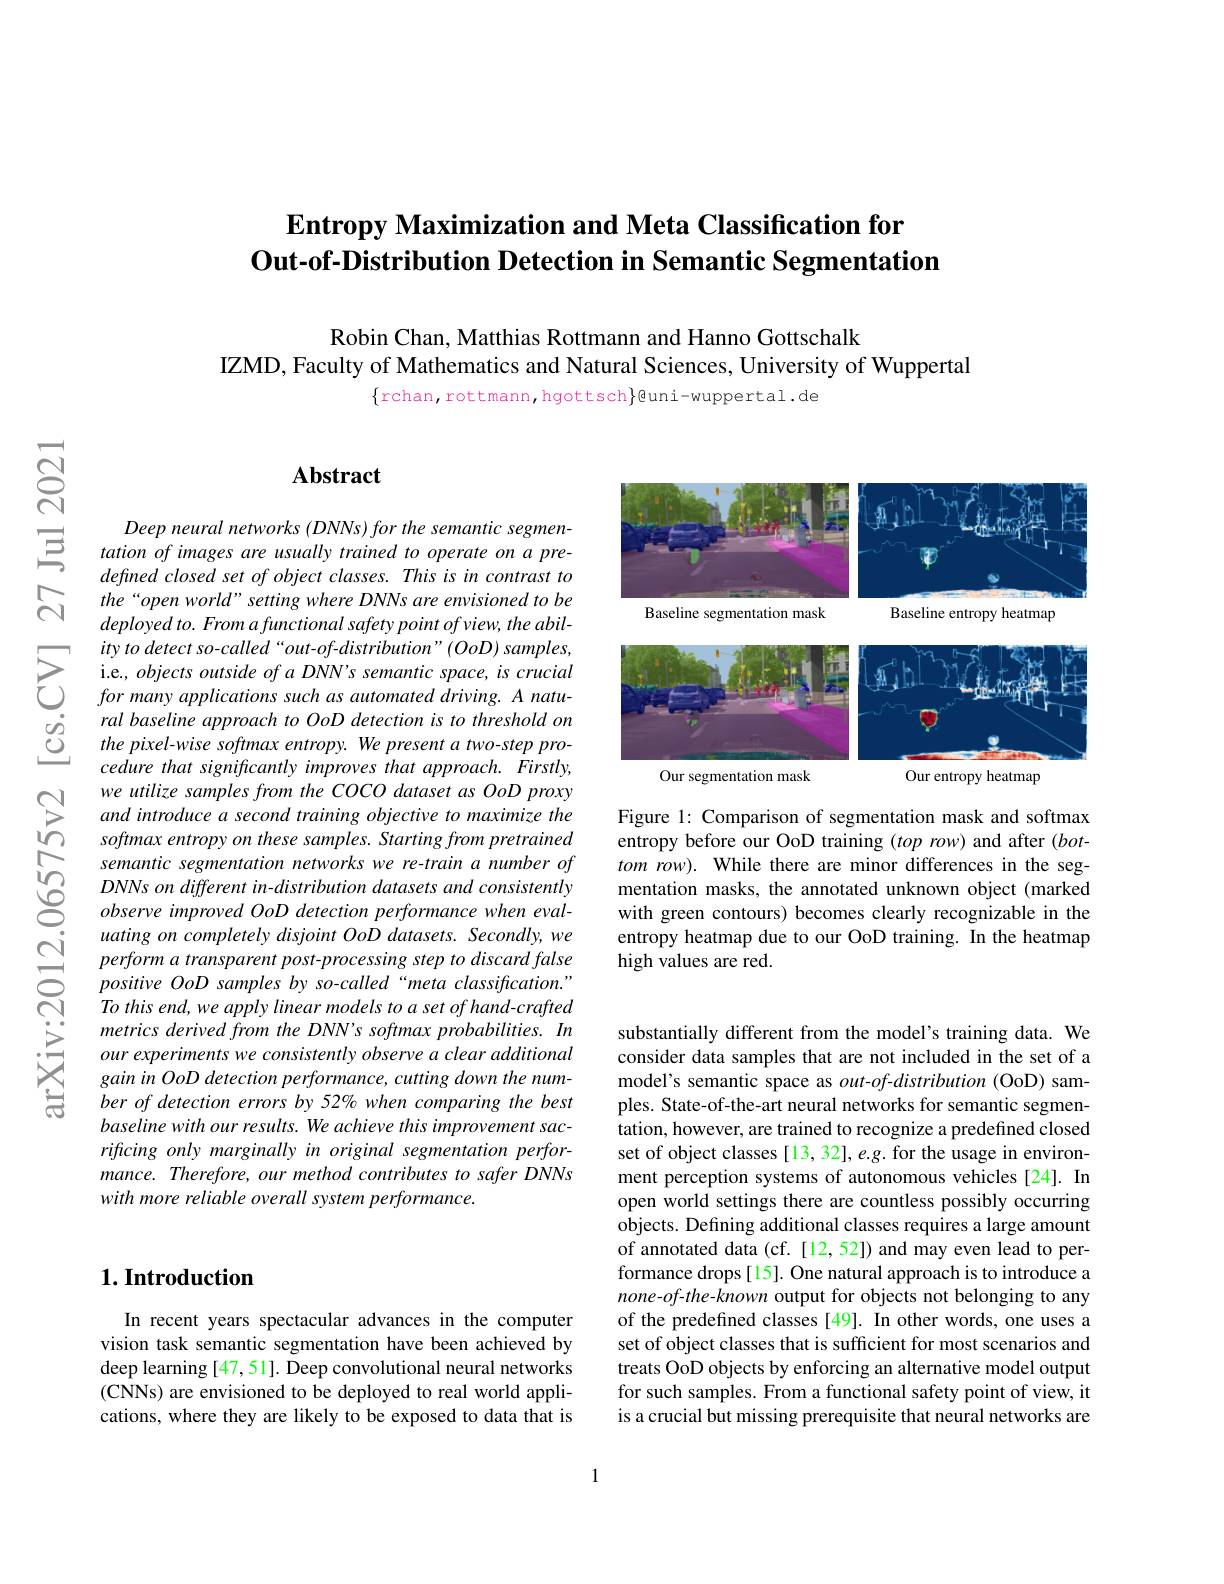
## $\textbf{Entropy Maximization and Meta Classification for}$ Out-of-Distribution Detection in Semantic Segmentation

Robin Chan, Matthias Rottmann and Hanno Gottschalk
IZMD, Faculty of Mathematics and Natural Sciences, University of Wuppertal

$\{$rchan,rottmann,hgottsch}@uni-wuppertal.de

## $\mathbf{Abstract}$

Deep neural networks (DNNs) for the semantic segmentation of images are usually trained to operate on a predefined closed set of object classes. This is in contrast to the“open world” setting where DNNs are envisioned to be deployed to. From a functional safety point of view, the abil-
$\sum_{\begin{array}{lll}&\text{ity to detect so-called“out-of-distribution”(OoD) samples,}\\&\text{i.e., objects outside of a DNN's semantic space, is cruciall}\\&\text{for many appplications such as automated driving. A natu-}\end{array}}$ $\begin{array}{lll}\dot{g}&ral\:baseline\:approach\:to\:OoD\:detection\:is\:to\:threshold\:on\\\dot{C}&the\:pixel-wise\:softmax\:entropy.\:We\:present\:a\:two-step\:pro-\end{array}$
cedure that significantly improves that approach. Firstly, we utilize samples from the COCO dataset as OoD proxy and introduce a second training objective to maximize the softmax entropy on these samples. Starting from pretrained semantic segmentation networks we re-train a number of DNNs on different in-distribution datasets and consistently observe improved OoD detection performance when evaluating on completely disjoint OoD datasets. Secondly, we perform a transparent post-processing step to discard false positive OoD samples by so-called“meta classification." To this end, we apply linear models to a set of hand-crafted metrics derived from the DNN's softmax probabilities. In our experiments we consistently observe a clear additional gain in OoD detection performance, cutting down the number of detection errors by 52% when comparing the best baseline with our results. We achieve this improvement sacrificing only marginally in original segmentation performance. Therefore, our method contributes to safer DNNs with more reliable overall system performance.

# 1. Introduction

In recent years spectacular advances in the computer vision task semantic segmentation have been achieved by deep learning [47,51]. Deep convolutional neural networks (CNNs) are envisioned to be deployed to real world applications, where they are likely to be exposed to data that is

<FigureHere>

Figure 1: Comparison of segmentation mask and softmax entropy before our OoD training $( top\textit{row) and after }( bot-$ tom row). While there are minor differences in the segmentation masks, the annotated unknown object (marked with green contours) becomes clearly recognizable in the entropy heatmap due to our OoD training. In the heatmap high values are red.

substantially different from the model's training data. We consider data samples that are not included in the set of a model's semantic space as $out-of-distribution$ (OoD) samples. State-of-the-art neural networks for semantic segmentation, however, are trained to recognize a predefined closed set of object classes [13, 32], e.g. for the usage in environment perception systems of autonomous vehicles [24]. In open world settings there are countless possibly occurring objects. Defining additional classes requires a large amount of annotated data (cf. [12,52]) and may even lead to performance drops[15]. One natural approach is to introduce a none-of-the-known output for objects not belonging to any of the predefined classes [49]. In other words, one uses a set of object classes that is sufficient for most scenarios and treats OoD objects by enforcing an alternative model output for such samples. From a functional safety point of view, it is a crucial but missing prerequisite that neural networks are

1